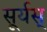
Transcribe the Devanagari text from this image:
सूर्यस्